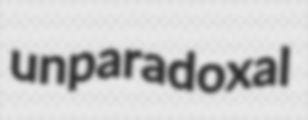
unparadoxal